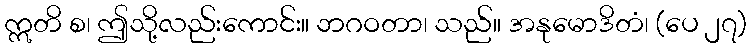
ဣတိ စ၊ ဤသို့လည်းကောင်း။ ဘဂဝတာ၊ သည်။ အနုမောဒိတံ၊ (ပေ ၂၇)